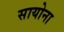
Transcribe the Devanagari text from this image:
सायोना